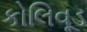
કોલિવૂડ